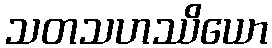
သတသဟဿိယော